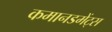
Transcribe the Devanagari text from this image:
कमानडमेंट्स